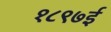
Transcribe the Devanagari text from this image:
१८९७ई